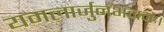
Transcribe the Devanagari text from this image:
यमलार्जुनभंजनः।